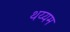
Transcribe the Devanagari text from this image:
थय्यम